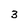
Character: 3